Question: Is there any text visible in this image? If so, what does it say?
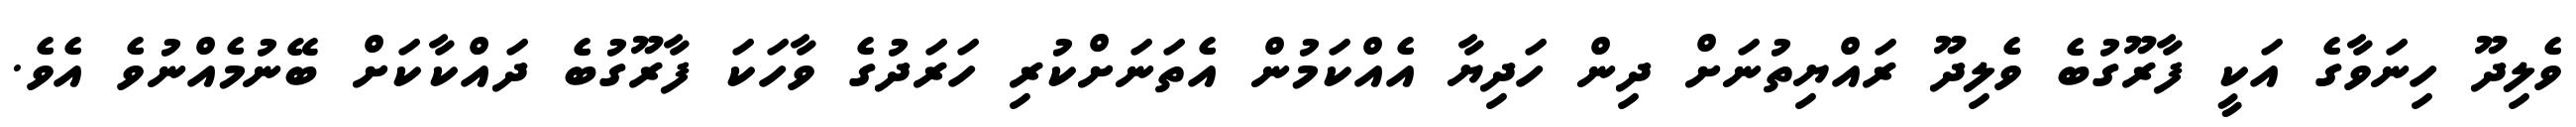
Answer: ވެލިދޫ ހިނަވާގެ އަކީ ފާރޫގުބެ ވެލިދޫ ރައްޔިތުނަށް ދިން ހަދިޔާ އެއްކަމުން އެތަނަށްކުރި ހަރަދުގެ ވާހަކަ ފާރޫގުބެ ދައްކާކަށް ބޭނުމެއްނުވެ އެވެ.